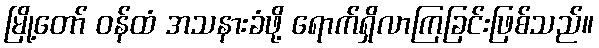
မြို့တော် ဝန်ထံ အသနားခံဖို့ ရောက်ရှိလာကြခြင်းဖြစ်သည်။